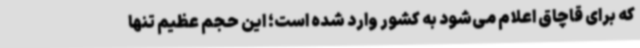
که برای قاچاق اعلام می‌شود به کشور وارد شده است؛ این حجم عظیم تنها